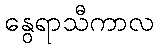
နွေရာသီကာလ